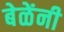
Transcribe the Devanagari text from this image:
बेळेंनी